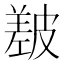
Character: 㿷